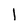
Character: I